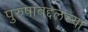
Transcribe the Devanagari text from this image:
पुरुषांबद्दलच्या